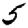
Digit: 5